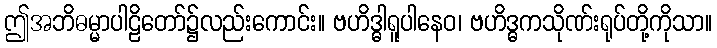
ဤအဘိဓမ္မာပါဠိတော်၌လည်းကောင်း။ ဗဟိဒ္ဓါရူပါနေဝ၊ ဗဟိဒ္ဓကသိုဏ်းရုပ်တို့ကိုသာ။